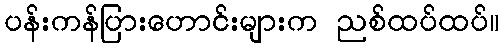
ပန်းကန်ပြားဟောင်းများက ညစ်ထပ်ထပ်။